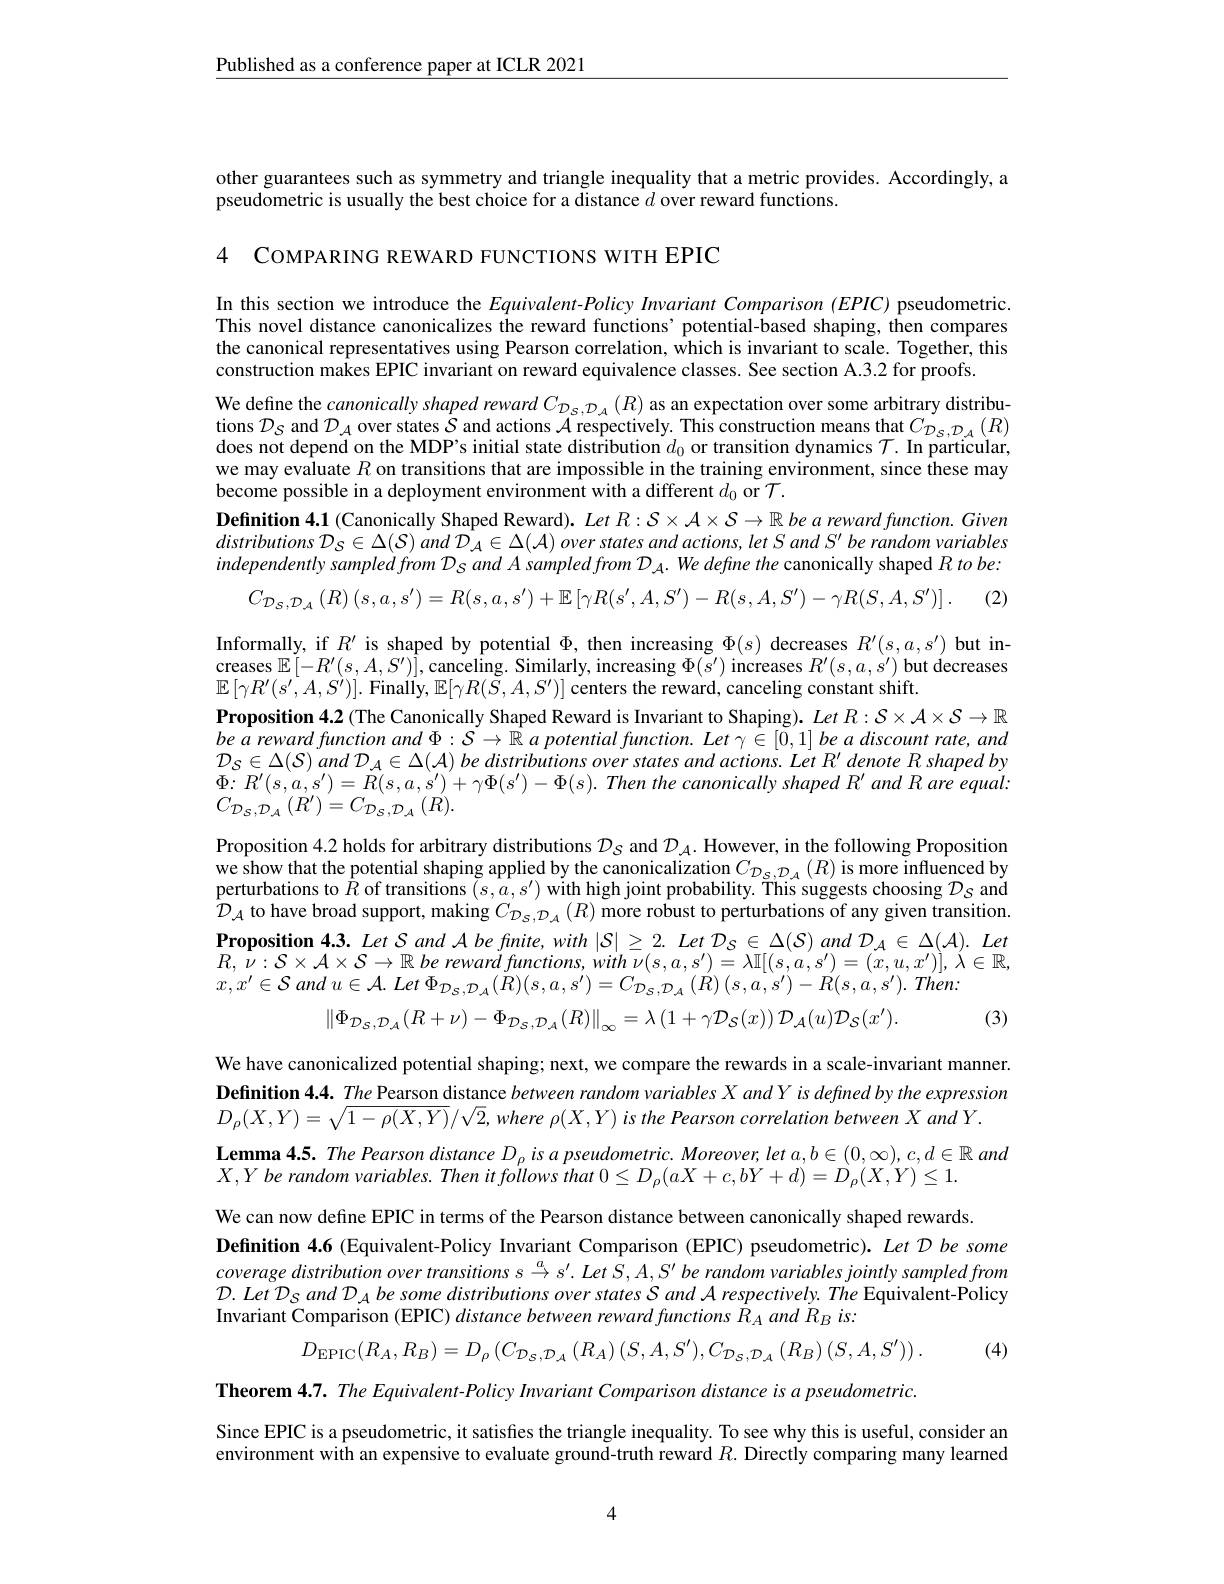
$\underline{\text{Published as a conference paper at ICLR 2021}}$

other guarantees such as symmetry and triangle inequality that a metric provides. Accordingly, a
pseudometric is usually the best choice for a distance $d$ over reward functions.

4 COMPARING REWARD FUNCTIONS WITH EPIC

In this section we introduce the Equivalent-Policy Invariant Comparison (EPIC) pseudometric. This novel distance canonicalizes the reward functions' potential-based shaping, then compares the canonical representatives using Pearson correlation, which is invariant to scale. Together, this construction makes EPIC invariant on reward equivalence classes. See section A.3.2 for proofs.
We define the canonically shaped reward $C_{\mathcal{D}_{\mathcal{S},\mathcal{D}_{\mathcal{A}}}}(R)$ as an expectation over some arbitrary distributions $\mathcal{D}_S$ and $\mathcal{D}_A$ over states $\mathcal{S}$ and actions $\mathcal{A}$ respectively. This construction means that $C_{\mathcal{D}_S,\mathcal{D}_A}(R)$ does not depend on the MDP's initial state distribution $d_0$ or transition dynamics $\mathcal{T}.$ In particular, we may evaluate $R$ on transitions that are impossible in the training environment, since these may become possible in a deployment environment with a different $d_0$ or $\mathcal{T}.$
Definition 4.1 (Canonically Shaped Reward). $LetR:\mathcal{S}\times\mathcal{A}\times\mathcal{S}\to\mathbb{R}$ be a reward function. Given distributions $\mathcal{D} _S\in \Delta ( \mathcal{S} )$ and $\dot{\mathcal{D} } _A\in \Delta ( \mathcal{A} )$ over states and $actions$, let $S$ and $S^{\prime }$ $be$ random variables independently sampled from Ds and A sampled from $\mathcal{D}_{A}.$ We define the canonically shaped $R\textit{tobe: }$
$$C_{\mathcal{D}_{\mathcal{S},\mathcal{D}_{\mathcal{A}}}}\left(R\right)\left(s,a,s'\right)=R(s,a,s')+\mathbb{E}\left[\gamma R(s',A,S')-R(s,A,S')-\gamma R(S,A,S')\right].$$
(2)
Informally, if $R^\prime$ is shaped by potential $\Phi$, then increasing $\Phi(s)$ decreases $R^\prime(s,a,s^{\prime})$ but in-

creases $\mathbb{E}[-R^{\prime}(s,A,S^{\prime})]$, canceling. Similarly, increasing $\Phi(s^\prime)$ increases $R^\prime(s,a,s^\prime)$ but decreases
$\mathbb{E}\left[\gamma R^{\prime}(s^{\prime},A,S^{\prime})\right].$ Finally$,\mathbb{E}[\gamma R(\tilde{S},A,S^{\prime})]$ centers the reward, canceling constant shift.
$\textbf{Proposition 4. 2 ( The Canonically Shaped Reward is Invariant to Shaping) . Let }R: \mathcal{S} \times \mathcal{A} \times \mathcal{S} \to \mathbb{R}$ be a reward function and $\Phi:S\to\mathbb{R}$ a potential function. Let $\gamma\in[0,1]$ be a discount rate, and $\mathcal{D}_{S}\in\Delta(\mathcal{S})$ and $\mathcal{D}_A\in\Delta(\mathcal{A})$ be distributions over states and actions. Let $R^\prime$ denote R shaped by $\Phi : R^{\prime }( s, a, s^{\prime }) = R( s, a, s^{\prime }) + \gamma \Phi ( s^{\prime }) - \Phi ( s) . Then$ the canonically shaped $R^{\prime }$ and $R$ are $equal:$ $C_{\mathcal{D}_{\mathcal{S}},\mathcal{D}_{\mathcal{A}}}^{\prime}\left(R^{\prime}\right)=C_{\mathcal{D}_{\mathcal{S}},\mathcal{D}_{\mathcal{A}}}^{\prime}\left(R^{\prime}\right).$

Proposition 4.2 holds for arbitrary distributions $\mathcal{D}_S$ and $\mathcal{D}_A.$ However, in the following Proposition we show that the potential shaping applied by the canonicalization $C_{\mathcal{D}_{S},\mathcal{D}_{\mathcal{A}}}(R)$ is more influenced by perturbations to $R$ of transitions $(s,a,s^{\prime})$ with high joint probability. This suggests choosing $\mathcal{D}_{\mathcal{S}}$ and$\mathcal{D}_{\mathcal{A}}$ t $\textbf{Proposition 4. 3. Let S and A be finite, with }| S| \geq 2. Let \mathcal{D} _S\in \Delta ( S) and \mathcal{D} _A\in \Delta ( \mathcal{A} ) . Let$ $R$, $\bar{\nu } : \mathcal{S} \times \mathcal{A} \times \mathcal{S} \to \mathbb{R}$ $be$ $rewar\dot{d}$ $functions$, with $\nu ( s, a, s^{\prime }) =$ $\lambda \mathbb{I} [ ( s, a, s^{\prime }) = ( x, u, x^{\prime }) ] $, $\acute{\lambda } \in \mathbb{R} $, $x, x^{\prime }\in \mathcal{S}$ and $u\in \mathcal{A} .$ Let $\Phi _{\mathcal{D} _{\mathcal{S} }, \mathcal{D} _{\mathcal{A} }}( \dot{R} ) ( s, a, s^{\prime }) = C_{\mathcal{D} _{\mathcal{S} }, \mathcal{D} _{\mathcal{A} }}\left ( R\right ) ( s, a, s^{\prime }) - R( s, a, s^{\prime }) .$ $Then:$
$\left \| \Phi _{\mathcal{D} _{\mathcal{S} , \mathcal{D} _{\mathcal{A} }}}( R+ \nu ) - \Phi _{\mathcal{D} _{\mathcal{S} }, \mathcal{D} _{\mathcal{A} }}( R) \right \| _{\infty }= \lambda \left ( 1+ \gamma \mathcal{D} _{\mathcal{S} }( x) \right ) \mathcal{D} _{\mathcal{A} }( u) \mathcal{D} _{\mathcal{S} }( x^{\prime }) .$ (3)

We have canonicalized potential shaping; next, we compare the rewards in a scale-invariant manner. Definition $4. 4. \underline {The\text{ Pearson distance }between\text{ random variables }X}andYis\textit{ defined by the expression}$ $D_{\rho }( X, Y) = \sqrt {1- \rho ( X, Y) }/ \sqrt {2}, where$ $\rho ( X, Y)$ $is$ the Pearson correlation between $X$ and $Y.$
$\textbf{Lemma 4. 5. The Pearson distance D}_{\rho }is\textit{a pseudometric. Moreover, let a, b}\in ( 0, \infty ) , c, d\in \mathbb{R}$ and

$X, Y\textit{ be random variables. Then it follows that }0\leq D_\rho ( aX+ c, bY+ d) = D_\rho ( X, Y) \leq 1.$ We can now define EPIC in terms of the Pearson distance between canonically shaped rewards. Definition 4.6 (Equivalent-Policy Invariant Comparison (EPIC) pseudometric). Let D be some $coverage\textit{ distribution over transitions s }\overset {a}{\operatorname* { \operatorname* { \to } } }s^{\prime }. LetS, A, S^{\prime }$ be random variables jointly sampled from $\mathcal{D} . Let$ $\mathcal{D} _{S}$ and $\mathcal{D} _{A}$ $be$ some distributions over states $\mathcal{S}$ and $\mathcal{A}$ $respectively.$ The Equivalent- Policy Invariant Comparison (EPIC) distance between reward functions $R_A$ and $R_Bis:$
$$D_{\mathrm{EPIC}}(R_{A},R_{B})=D_{\rho}\left(C_{\mathcal{D}_{\mathcal{S}},\mathcal{D}_{\mathcal{A}}}\left(R_{A}\right)(S,A,S^{\prime}),C_{\mathcal{D}_{\mathcal{S}},\mathcal{D}_{\mathcal{A}}}\left(R_{B}\right)(S,A,S^{\prime})\right).$$
(4)

Theorem $4. 7. \textit{ The Equivalent- Policy Imvariant Comparison distance is a pseudometric. }$

Since EPIC is a pseudometric, it satisfies the triangle inequality. To see why this is useful, consider an environment with an expensive to evaluate ground-truth reward $R.$ Directly comparing many learned

4